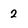
Character: 2